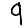
Digit: 9